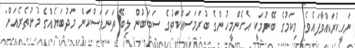
ނަހީކުރައްވާފައެވެ. މިކަމުގެ ބޭނުމަކީ އެހެންމީހުންގެ ބުރަމަސައްކަތުގެ ސަބަބުން ލިބޭ ތަނަވަސްކަން މަދުބަޔެއްގެ މުށުތެރެއަށް